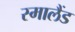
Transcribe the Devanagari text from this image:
स्मालैंड